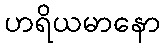
ဟရိယမာနော